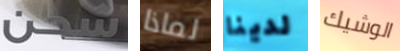
شحن لماذا لدينا الوشيك